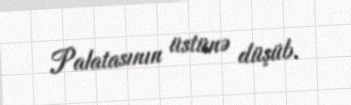
Palatasının üstünə düşüb.